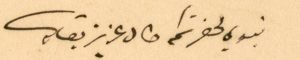
نبدي لحضرتكم طال عزيز بقاه